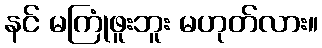
နင် မကြုံဖူးဘူး မဟုတ်လား။